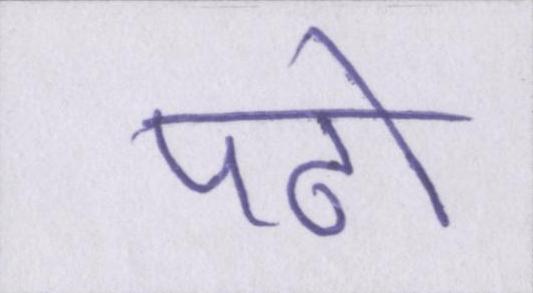
पढो